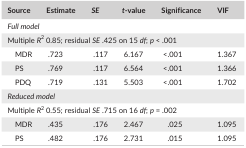
| Source | Estimate | SE | t‐value | Significance | VIF |
 | --- | --- | --- | --- | --- | --- |
 | <COLSPAN=6> Full model |
 | <COLSPAN=6> Multiple R2 0.85; residual SE .425 on 15 df; p < .001 |
 | MDR | .723 | .117 | 6.167 | <.001 | 1.367 |
 | PS | .769 | .117 | 6.564 | <.001 | 1.366 |
 | PDQ | .719 | .131 | 5.503 | <.001 | 1.702 |
 | <COLSPAN=6> Reduced model |
 | <COLSPAN=6> Multiple R2 0.55; residual SE .715 on 16 df; p = .002 |
 | MDR | .435 | .176 | 2.467 | .025 | 1.095 |
 | PS | .482 | .176 | 2.731 | .015 | 1.095 |